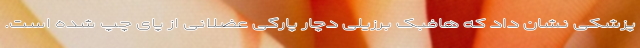
پزشکی نشان داد که هافبک برزیلی دچار پارگی عضلانی از پای چپ شده است.